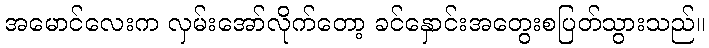
အမောင်လေးက လှမ်းအော်လိုက်တော့ ခင်နှောင်းအတွေးစပြတ်သွားသည်။